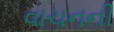
વાચનની